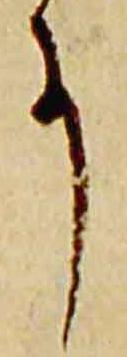
事